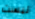
ليست